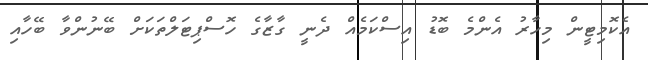
އެކޮމިޓީން މިހާރު އެންމެ ބޮޑު އިސްކަމެއް ދެނީ ގާޒާގެ ހޮސްޕިޓަލްތަކަށް ބޭނުންވާ ބޭހާއި